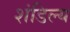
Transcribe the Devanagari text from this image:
शंडिल्य